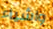
واشياء